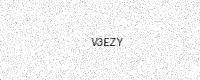
Text: V3EZY